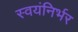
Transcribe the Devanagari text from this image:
स्‍वयंनिर्भर